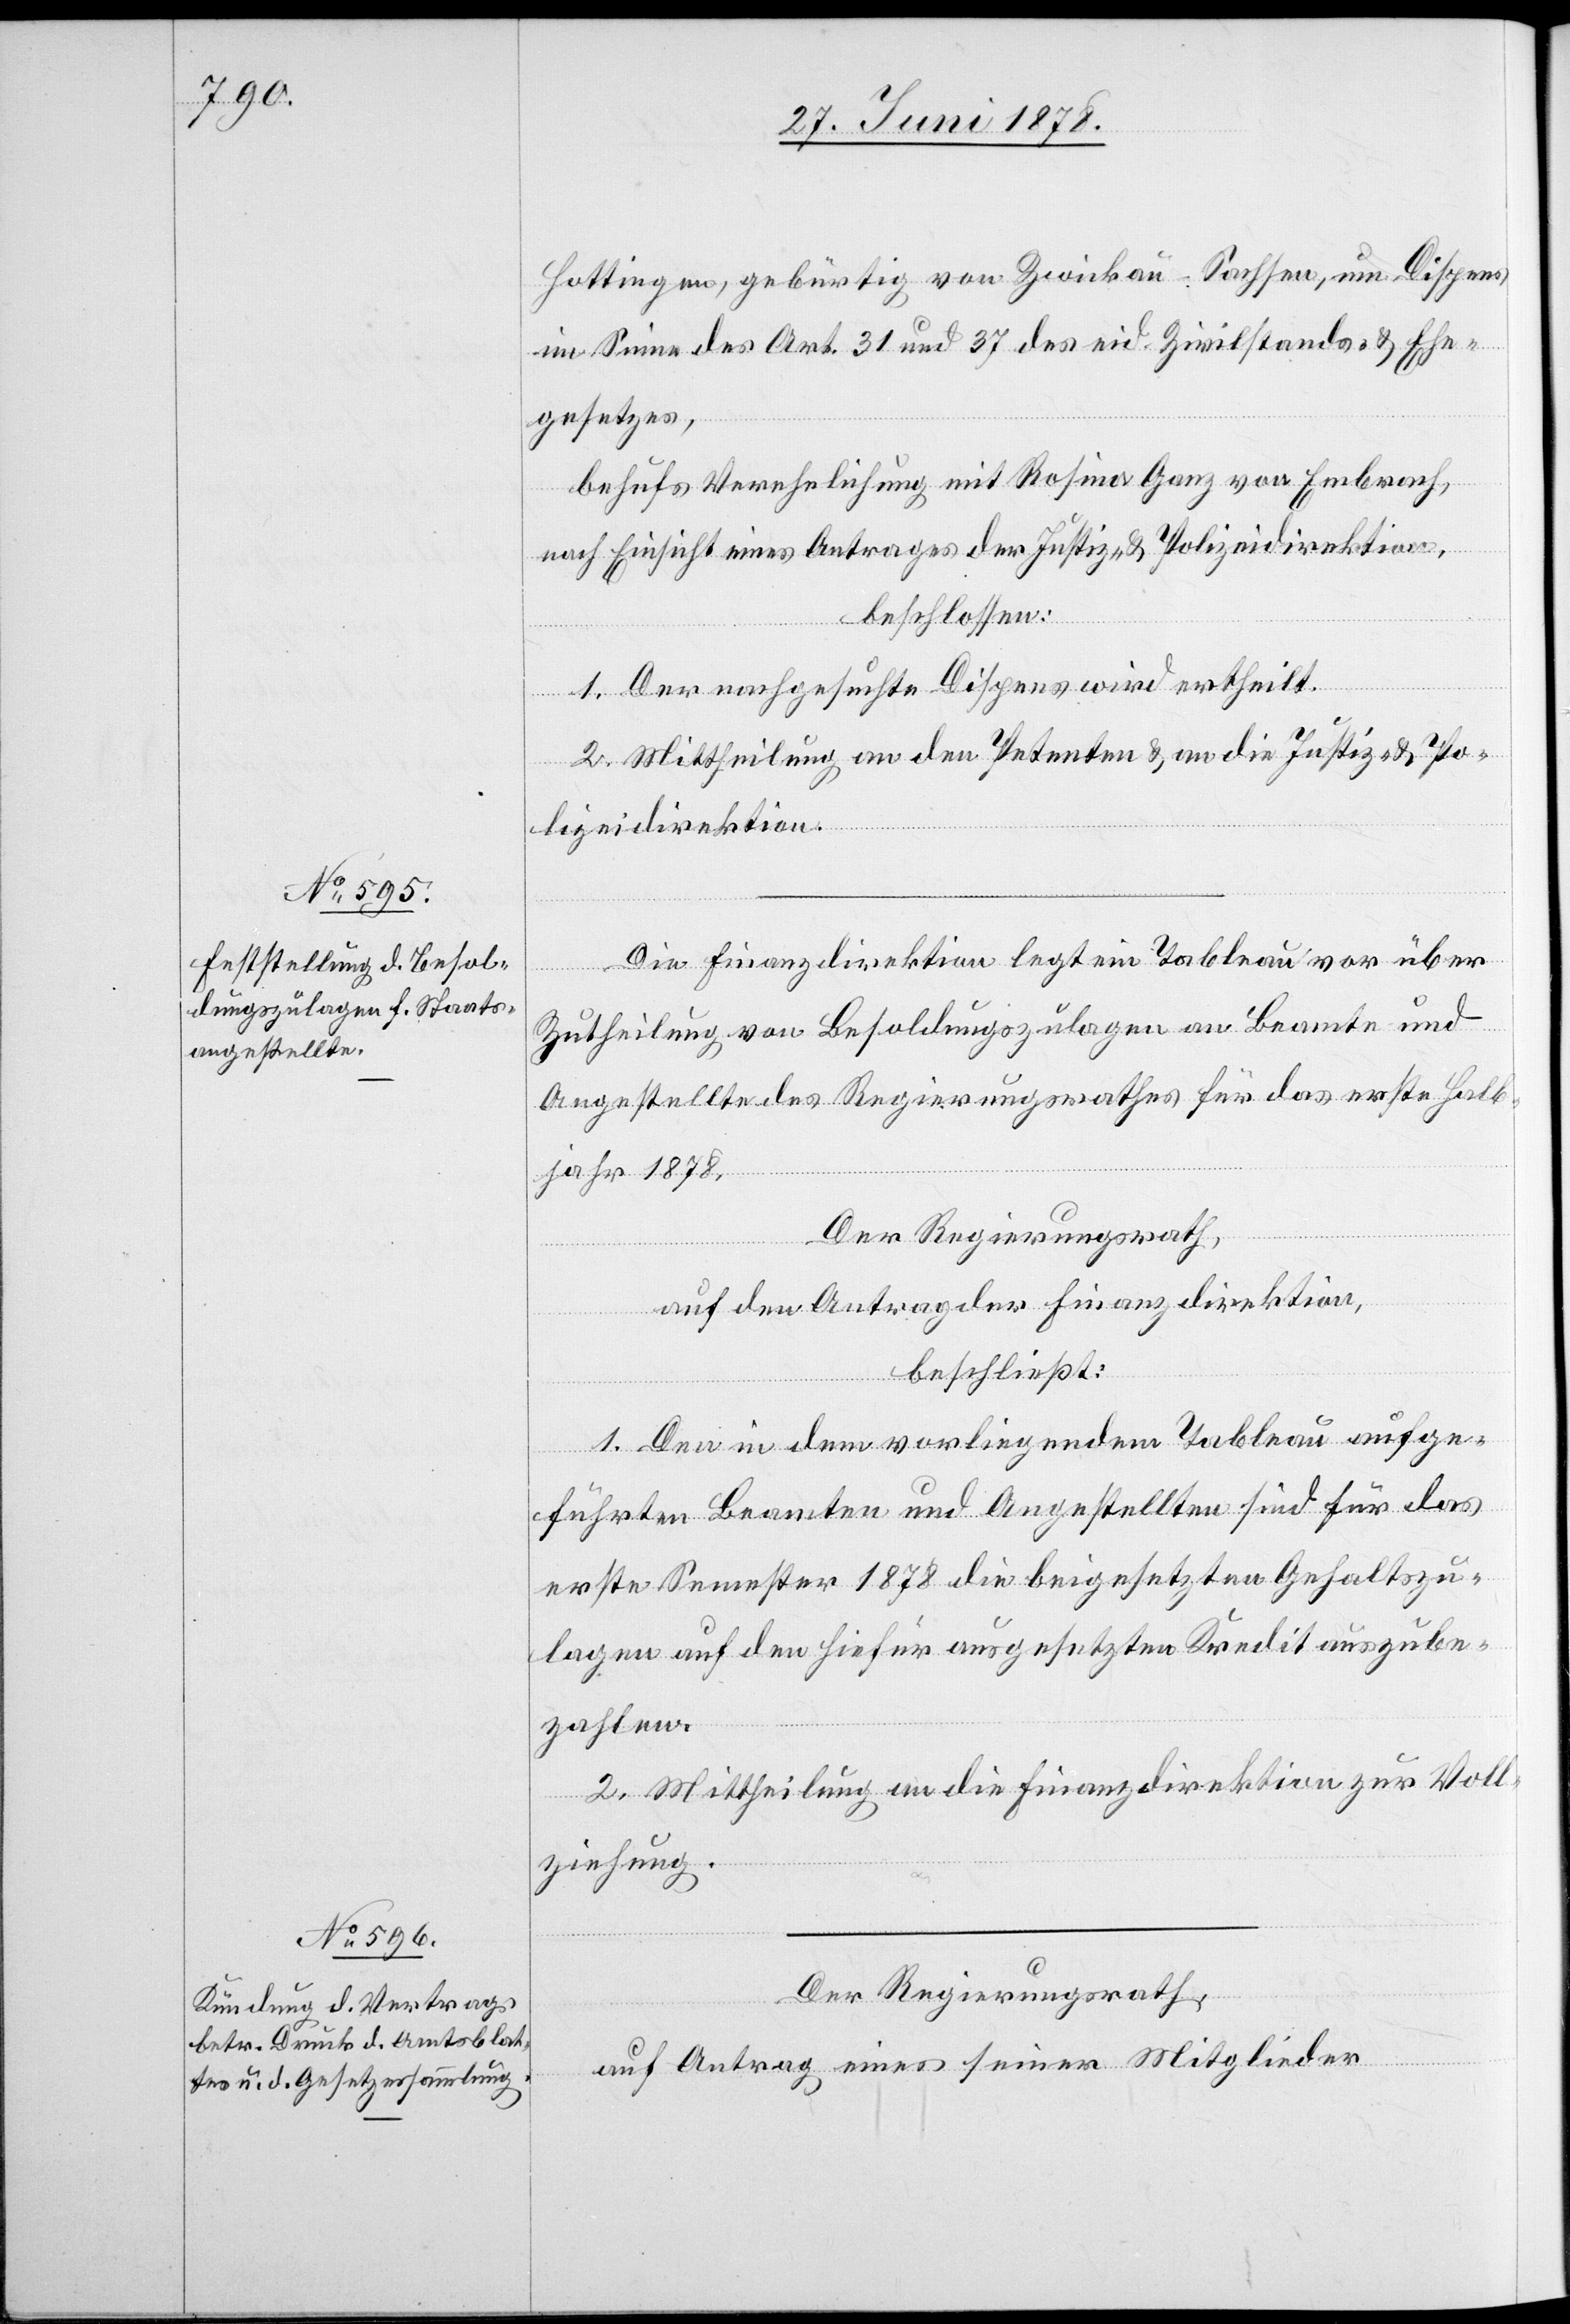
Hottingen, gebürtig von Zwickau - Sachsen, um Dispens
im Sinne der Art. 31 und 37 des eid. Zivilstands- & Ehe¬
gesetzes,
behufs Verehelichung mit Rosina Ganz von Embrach,
nach Einsicht eines Antrages der Justiz- & Polizeidirektion,
beschlossen:
1. Der nachgesuchte Dispens wird ertheilt.
2. Mittheilung an den Petenten & an die Justiz- & Po¬
lizeidirektion.
Die Finanzdirektion legt ein Tableau vor über
Zutheilung von Besoldungszulagen an Beamte und
Angestellte des Regierungsrathes für das erste Halb¬
jahr 1878.
Der Regierungsrath,
auf den Antrag der Finanzdirektion,
beschließt:
1. Den in dem vorliegenden Tableau aufge¬
führten Beamten und Angestellten sind für das
erste Semester 1878 die beigesetzten Gehaltszu¬
lagen auf den hiefür ausgesetzten Kredit auszube¬
zahlen.
2. Mittheilung an die Finanzdirektion zur Voll¬
ziehung.
Der Regierungsrath,
auf Antrag eines seiner Mitglieder